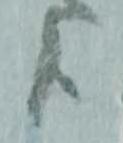
候